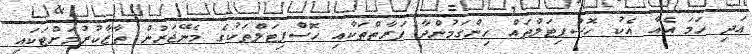
އަދި ހަމަ އެއާ އެކު ހޮސްޕިޓަލްތައް ހިންގަމުންދާ ފަރާތްތަކާއި ހޮސްޕިޓަލްތަކުގެ މެނޭޖަރުން ތާޒާކުރުމަށްޓަކައި